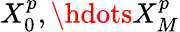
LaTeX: X_{0}^{p},\hdots X_{M}^{p}